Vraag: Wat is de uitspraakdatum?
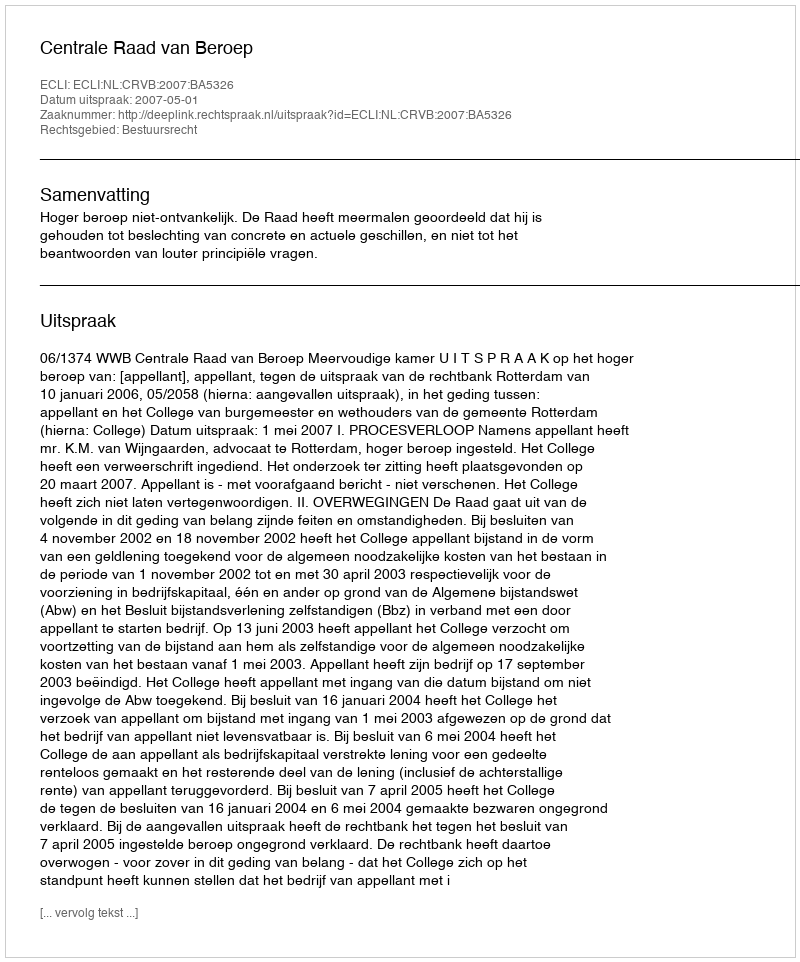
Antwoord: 2007-05-01